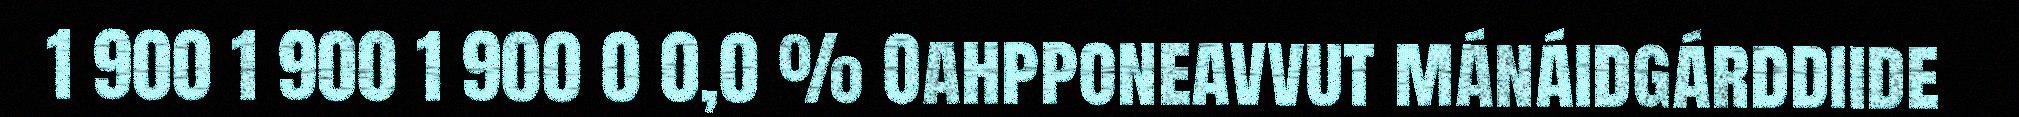
1 900 1 900 1 900 0 0,0 % Oahpponeavvut mánáidgárddiide